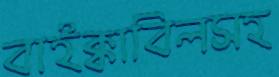
বাইক্কাবিলসহ